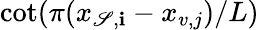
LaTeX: \cot(\pi(x_{\mathscr{S},\mathbf{i}}-x_{v,j})/L)